Vaccination in the Punjab 1897-1904 - 1897-1904
Year: 1897
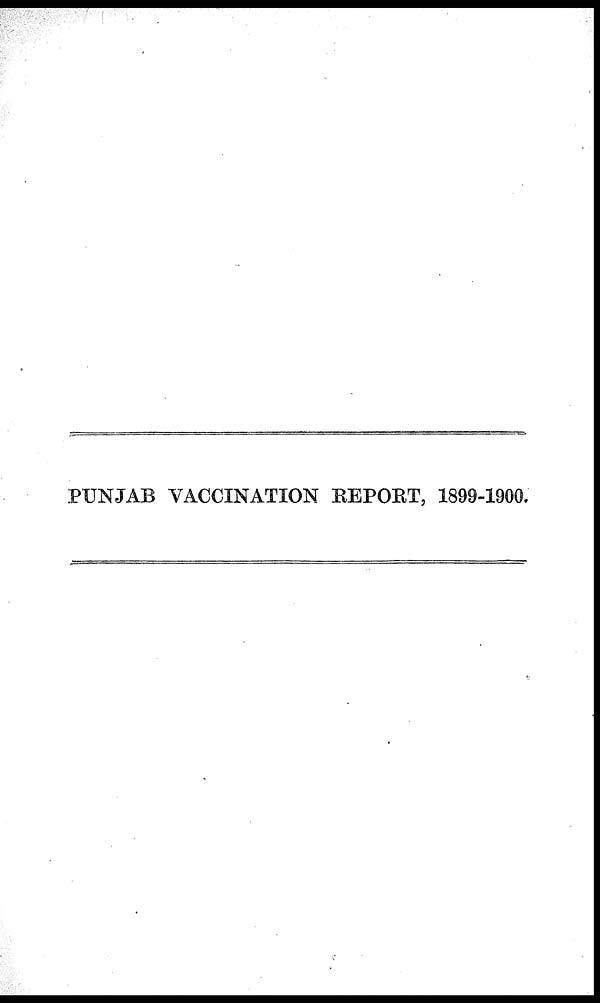
PUNJAB VACCINATION REPORT, 1899-1900.